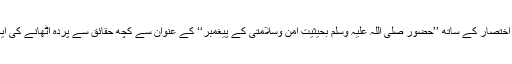
اس میں انھوں نے نہایت اختصار کے ساتھ ’’حضور صلی اللہ علیہ وسلم بحیثیت امن وسلامتی کے پیغمبر‘‘ کے عنوان سے کچھ حقائق سے پردہ اٹھانے کی ایک اچھی کوشش کی ہے۔